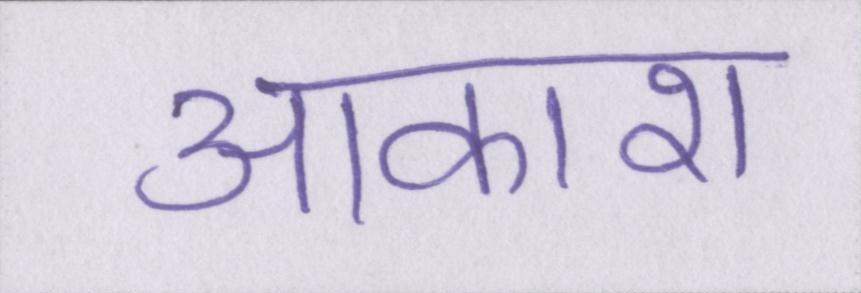
आकाश